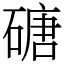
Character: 磄